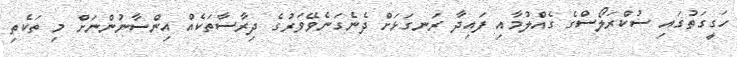
ހަގީގަތުގައި ސުކްރަލޯސްގެ ގެއްލުމާއި ފައިދާ ރަނގަޅަށް ދެނެގަނެވޭވަރުގެ ދިރާސާތަކެއް އިންސާނުންނަށް މި ތަކެތި